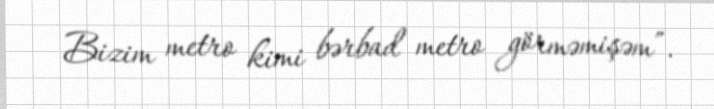
Bizim metro kimi bərbad metro görməmişəm”.